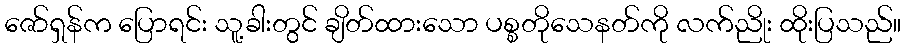
ဇော်ရှန်က ပြောရင်း သူ့ခါးတွင် ချိတ်ထားသော ပစ္စတိုသေနတ်ကို လက်ညိုး ထိုးပြသည်။